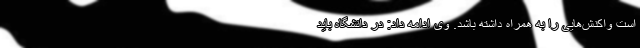
است واکنش‌هایی را به همراه داشته باشد. وی ادامه داد: در دانشگاه باید